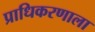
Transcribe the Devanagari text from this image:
प्राधिकरणाला